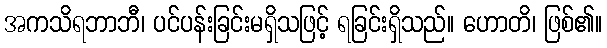
အကသိရဘာဘီ၊ ပင်ပန်းခြင်းမရှိသဖြင့် ရခြင်းရှိသည်။ ဟောတိ၊ ဖြစ်၏။